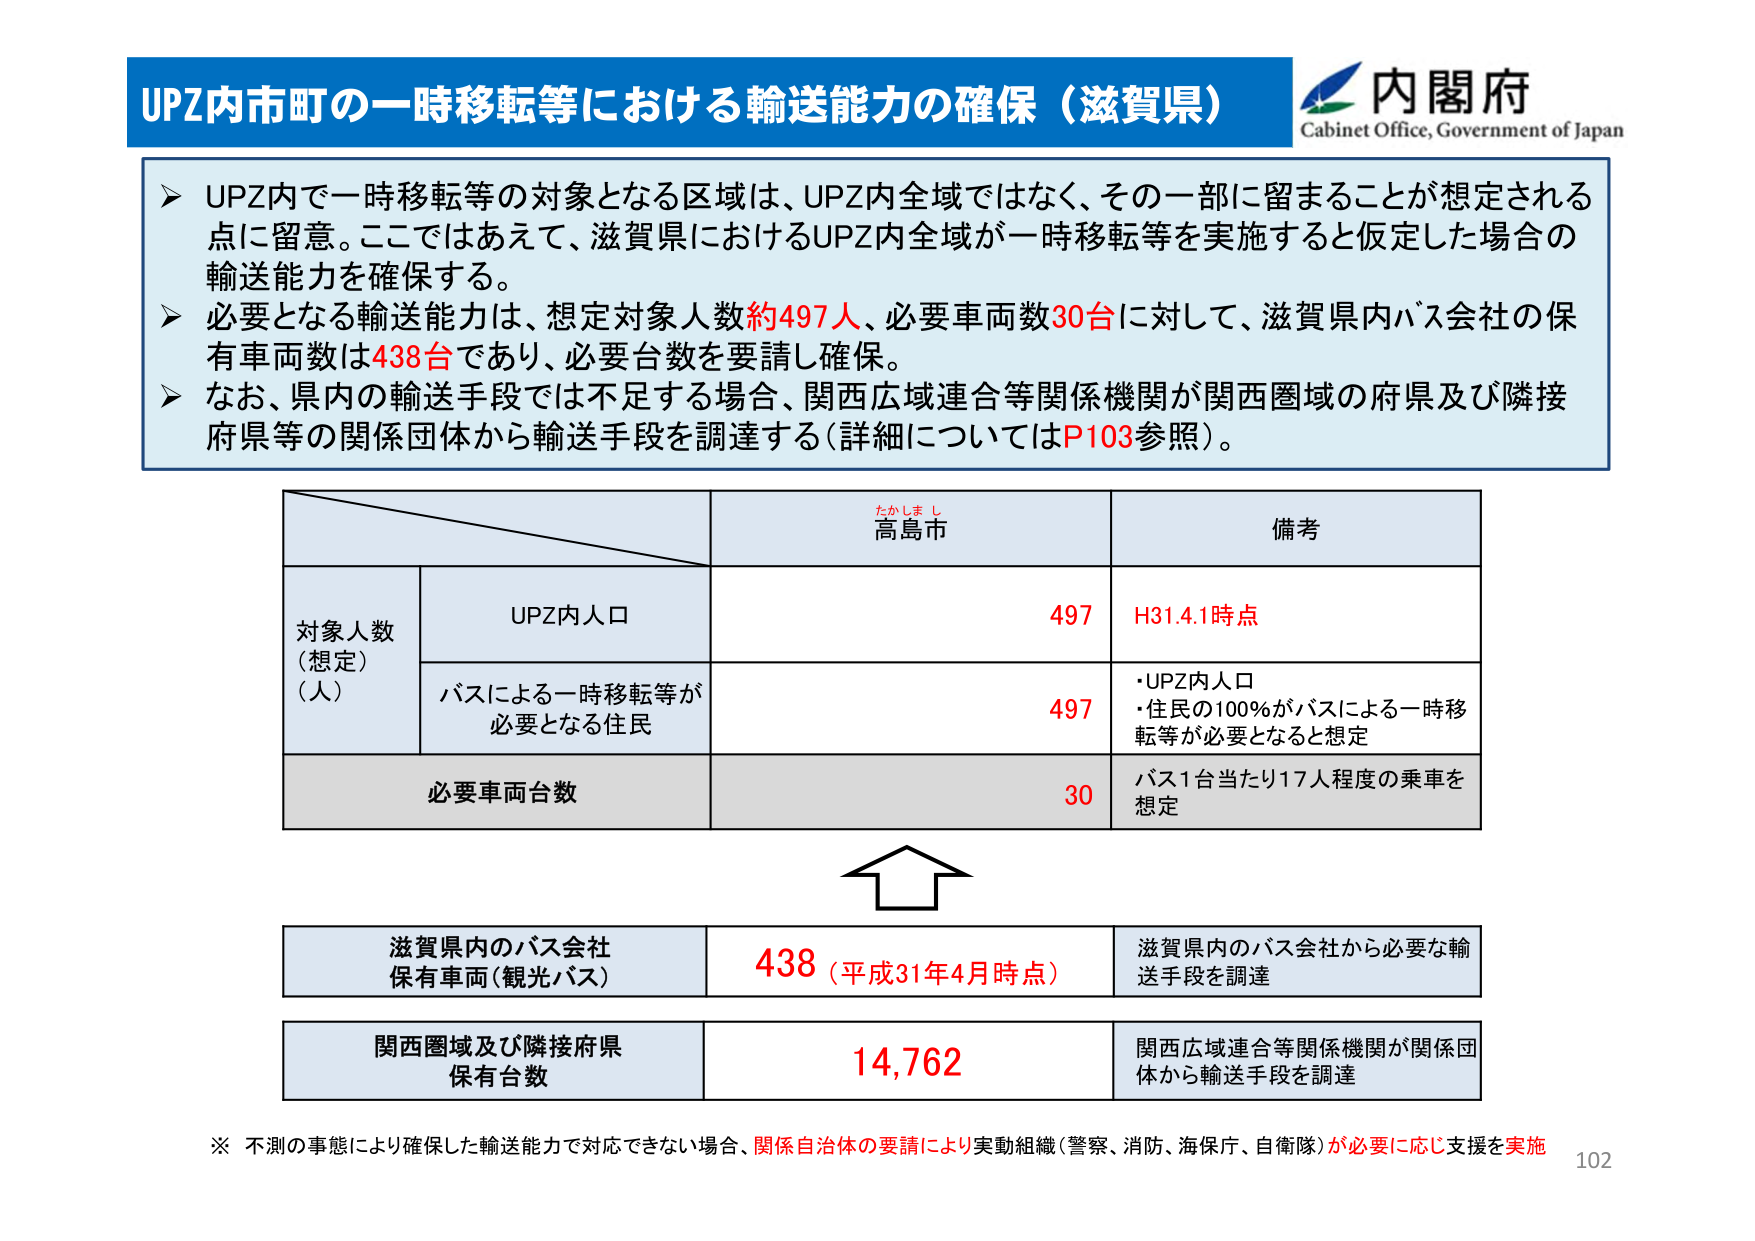
UPZ内市町の一時移転等における輸送能力の確保（滋賀県）
内閣府
Cabinet Office, Government of Japan

➤ UPZ内で一時移転等の対象となる区域は、UPZ内全域ではなく、その一部に留まることが想定される点に留意。ここではあえて、滋賀県におけるUPZ内全域が一時移転等を実施すると仮定した場合の輸送能力を確保する。
➤ 必要となる輸送能力は、想定対象人数約497人、必要車両数30台に対して、滋賀県内バス会社の保有車両数は438台であり、必要台数を要請し確保。
➤ なお、県内の輸送手段では不足する場合、関西広域連合等関係機関が関西圏域の府県及び隣接府県等の関係団体から輸送手段を調達する（詳細についてはP103参照）。

たかしまし
高島市
備考

対象人数
（想定）
（人）
UPZ内人口
497
H31.4.1時点

バスによる一時移転等が
必要となる住民
497
・UPZ内人口
・住民の100％がバスによる一時移転等が必要となると想定

必要車両台数
30
バス1台当たり17人程度の乗車を想定

滋賀県内のバス会社
保有車両（観光バス）
438（平成31年4月時点）
滋賀県内のバス会社から必要な輸送手段を調達

関西圏域及び隣接府県
保有台数
14,762
関西広域連合等関係機関が関係団体から輸送手段を調達

※ 不測の事態により確保した輸送能力で対応できない場合、関係自治体の要請により実動組織（警察、消防、海保庁、自衛隊）が必要に応じ支援を実施
102